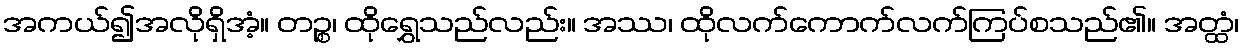
အကယ်၍အလိုရှိအံ့။ တဉ္စ၊ ထိုရွှေသည်လည်း။ အဿ၊ ထိုလက်ကောက်လက်ကြပ်စသည်၏။ အတ္ထံ၊